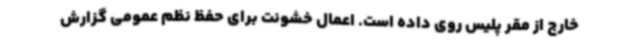
خارج از مقر پلیس روی داده است. اعمال خشونت برای حفظ نظم عمومی گزارش